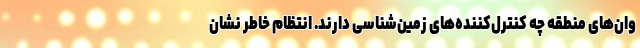
وان‌های منطقه چه کنترل‌کننده‌های زمین‌شناسی دارند. انتظام خاطر نشان